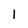
Character: 1